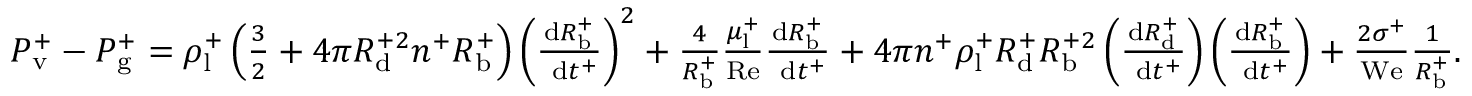
\begin{array} { r } { P _ { \mathrm { v } } ^ { + } - P _ { \mathrm { g } } ^ { + } = \rho _ { \mathrm { l } } ^ { + } \left( \frac { 3 } { 2 } + 4 \pi R _ { \mathrm { d } } ^ { + 2 } n ^ { + } R _ { \mathrm { b } } ^ { + } \right) \left( \frac { \mathrm { d } R _ { \mathrm { b } } ^ { + } } { \mathrm { ~ d } t ^ { + } } \right) ^ { 2 } + \frac { 4 } { R _ { \mathrm { b } } ^ { + } } \frac { \mu _ { \mathrm { l } } ^ { + } } { \mathrm { R e } } \frac { \mathrm { d } R _ { \mathrm { b } } ^ { + } } { \mathrm { ~ d } t ^ { + } } + 4 \pi n ^ { + } \rho _ { \mathrm { l } } ^ { + } R _ { \mathrm { d } } ^ { + } R _ { \mathrm { b } } ^ { + 2 } \left( \frac { \mathrm { d } R _ { \mathrm { d } } ^ { + } } { \mathrm { ~ d } t ^ { + } } \right) \left( \frac { \mathrm { d } R _ { \mathrm { b } } ^ { + } } { \mathrm { ~ d } t ^ { + } } \right) + \frac { 2 \sigma ^ { + } } { \mathrm { W e } } \frac { 1 } { R _ { \mathrm { b } } ^ { + } } . } \end{array}